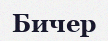
Бичер